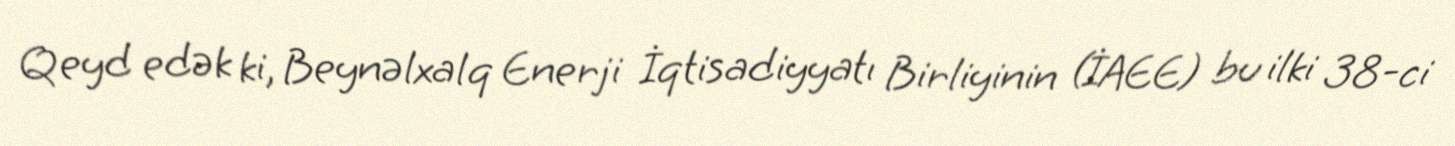
Qeyd edək ki, Beynəlxalq Enerji İqtisadiyyatı Birliyinin (İAEE) bu ilki 38-ci